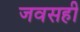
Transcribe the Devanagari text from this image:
जवसही